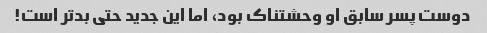
دوست پسر سابق او وحشتناک بود، اما این جدید حتی بدتر است!